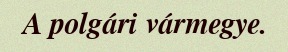
A polgári vármegye.